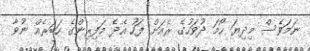
ނަމަވެސް މިދިޔަ ހޯމަ ދުވަހުގެ ރެއަށް ފަހު އެދެ މަފިރިންގެ ހަބަރެއް ނުވާ